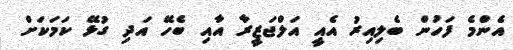
އެންމެ ފަހުން ބެލިއިރު އެއީ އަލްޖަޒީރާ އާއި ބެހޭ އަދި ގުޅޭ ކަމަކަށް